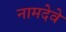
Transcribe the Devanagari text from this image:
नामदेवे